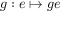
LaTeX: g : e \mapsto g e